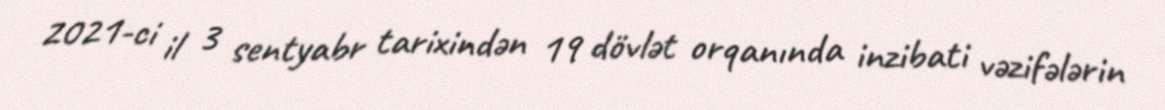
2021-ci il 3 sentyabr tarixindən 19 dövlət orqanında inzibati vəzifələrin